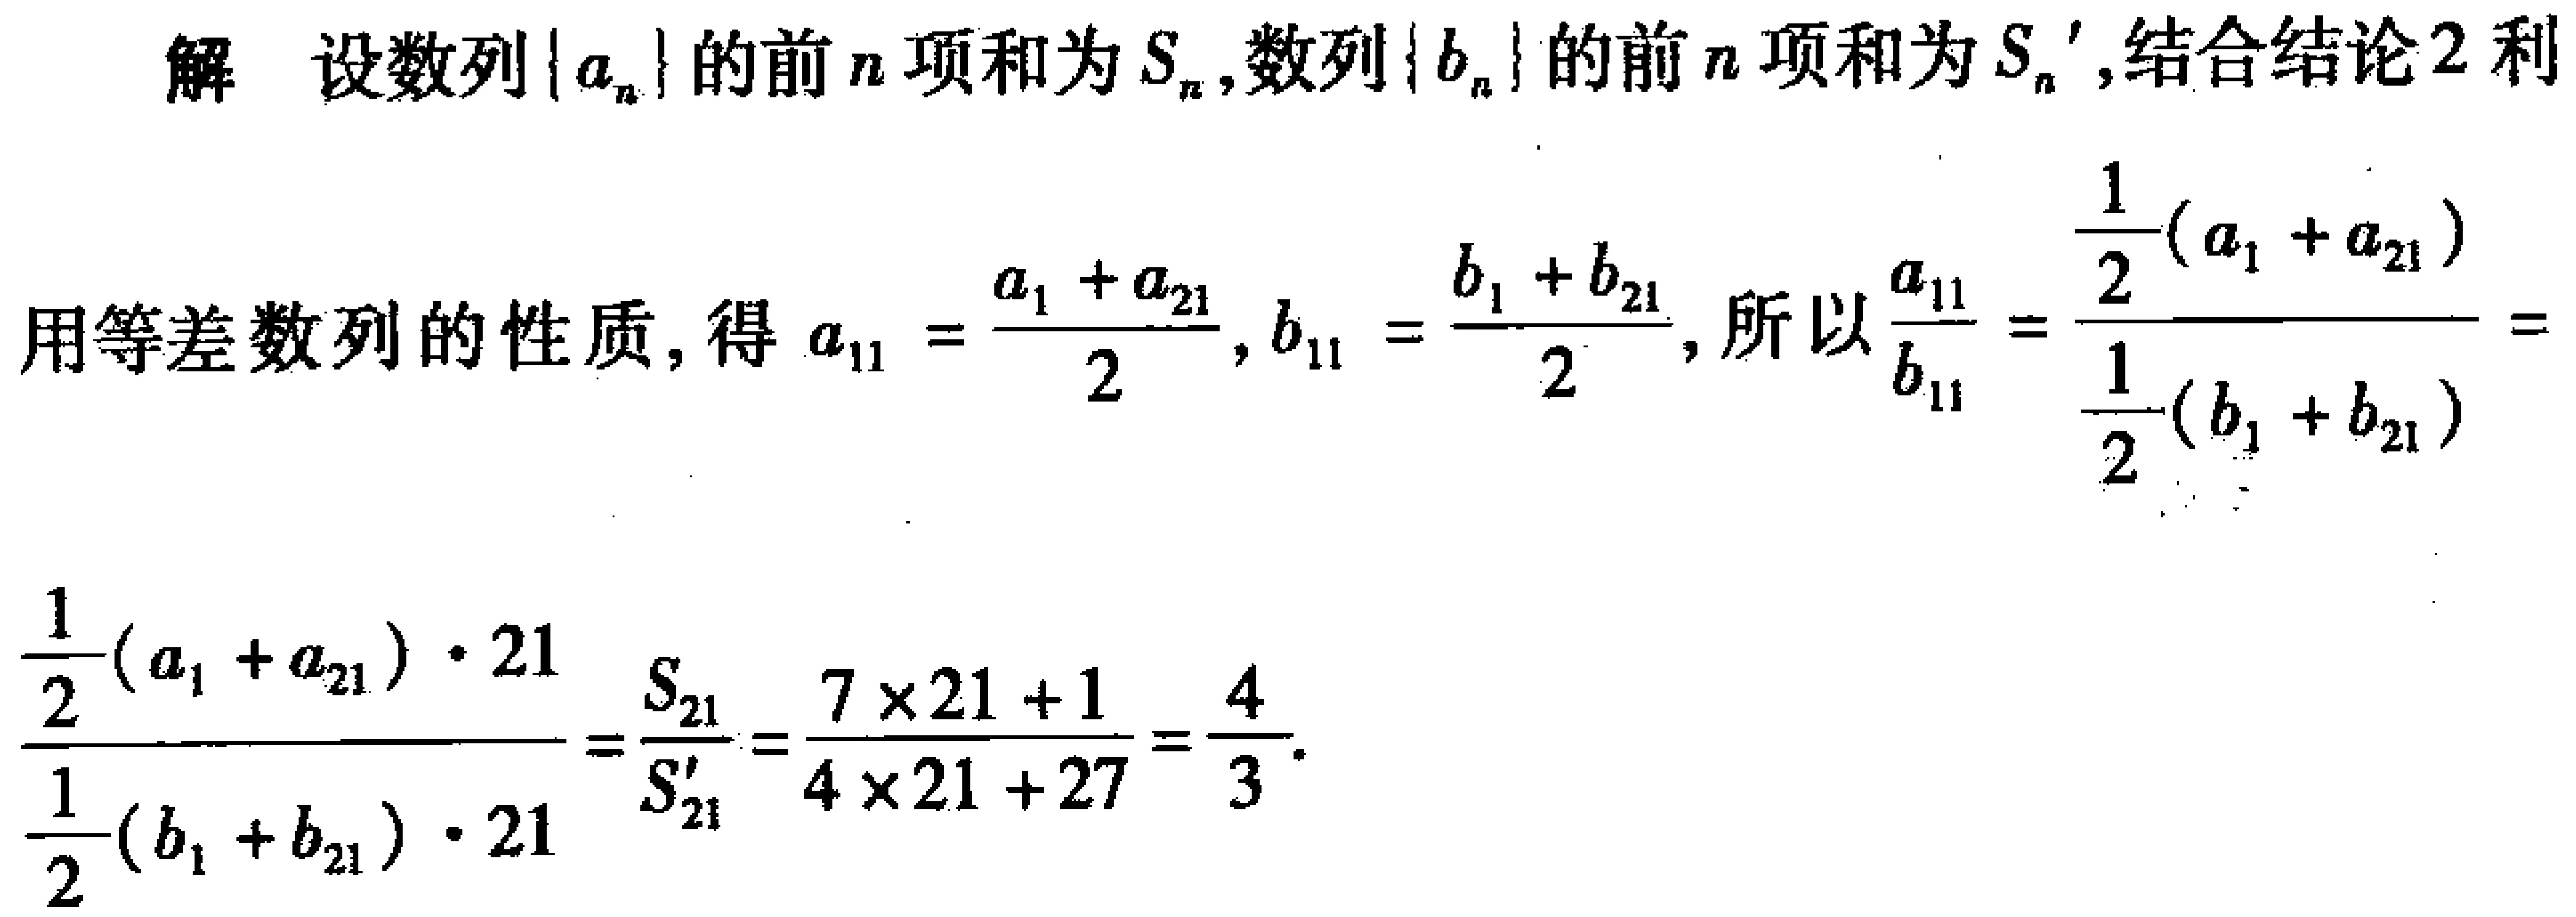
解 设数列\(\{a_{n}\}\)的前\(n\)项和为\(S_{n}\),数列\(\{b_{n}\}\)的前\(n\)项和为\(S_{n}'\),结合结论2利
用等差数列的性质, 得\(a_{11}=\frac{a_{1} + a_{21}}{2}, b_{11}=\frac{b_{1} + b_{21}}{2}\), 所以\(\frac{a_{11}}{b_{11}}=\frac{\frac{1}{2}(a_{1} + a_{21})}{\frac{1}{2}(b_{1} + b_{21})}=\)
\(\frac{\frac{1}{2}(a_{1} + a_{21})\cdot 21}{\frac{1}{2}(b_{1} + b_{21})\cdot 21}=\frac{S_{21}}{S_{21}'}=\frac{7\times 21 + 1}{4\times 21 + 27}=\frac{4}{3}\).